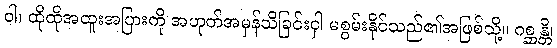
ဝါ၊ ထိုထိုအထူးအပြားကို အဟုတ်အမှန်သိခြင်းငှါ မစွမ်းနိုင်သည်၏အဖြစ်သို့။ ဂစ္ဆန္တိ၊